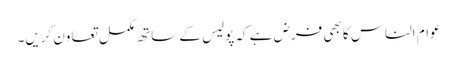
عوام الناس کا بھی فرض ہے کہ پولیس کے ساتھ مکمل تعاون کریں۔